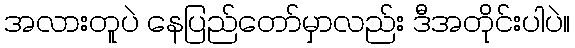
အလားတူပဲ နေပြည်တော်မှာလည်း ဒီအတိုင်းပါပဲ။